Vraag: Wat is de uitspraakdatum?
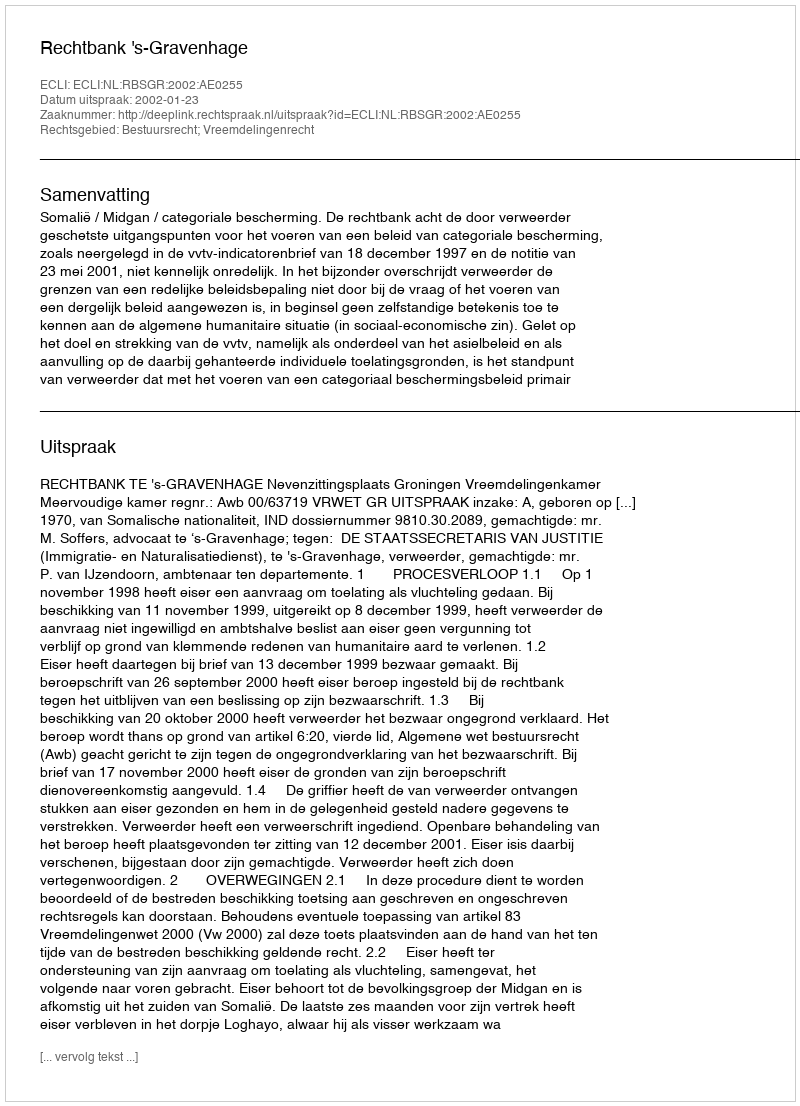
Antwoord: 2002-01-23